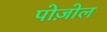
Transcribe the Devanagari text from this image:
पोज़ोल